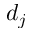
d _ { j }